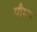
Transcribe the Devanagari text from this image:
पौम्स